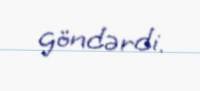
göndərdi.